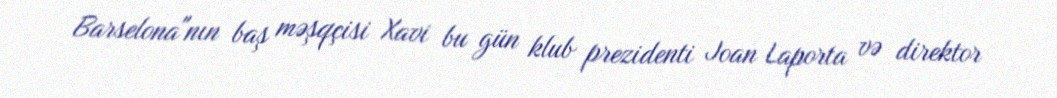
Barselona"nın baş məşqçisi Xavi bu gün klub prezidenti Joan Laporta və direktor